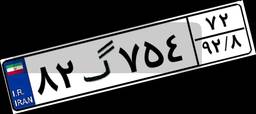
۸۲گ۷۵۴۷۲